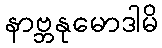
နာဗ္ဘနုမောဒါမိ